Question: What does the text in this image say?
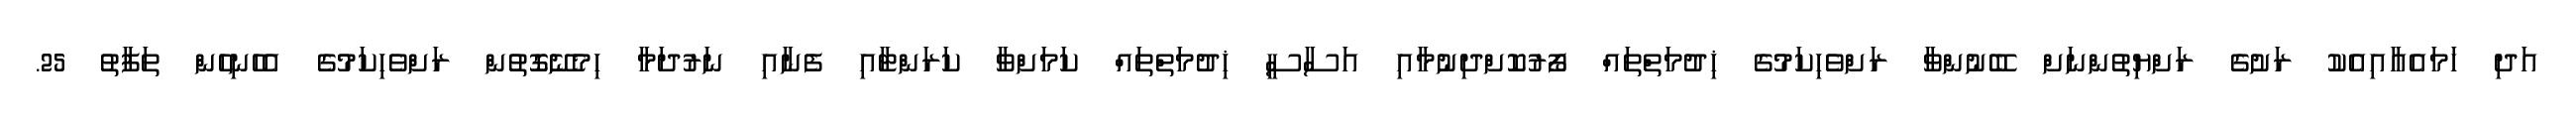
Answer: އަދި ހަމައެއާއިއެކު ރަށުގެ ރަށްޔިތުންނަށް ބޭނުންވާ ރަށްވެހިކަމުގެ ޚިދުމަތްތައް ފޯރުކޮށްދިނުމާއި އަސާސީ ޚިދުމަތްތައް ކަމަށްވާ ކަރަންޓާއި ފެނާއި ނަރުދަމާ ހިމެނޭގޮތުން ރަށްވެހިކަމުގެ އެހެނިހެން ތަފާތު 25.